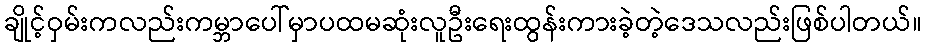
ချိုင့်ဝှမ်းကလည်းကမ္ဘာပေါ်မှာပထမဆုံးလူဦးရေးထွန်းကားခဲ့တဲ့ဒေသလည်းဖြစ်ပါတယ်။